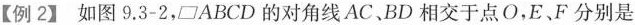
【例2】如图9.3-2，\parallelogram ABCD的对角线AC、BD相交于点O，E、F分别是